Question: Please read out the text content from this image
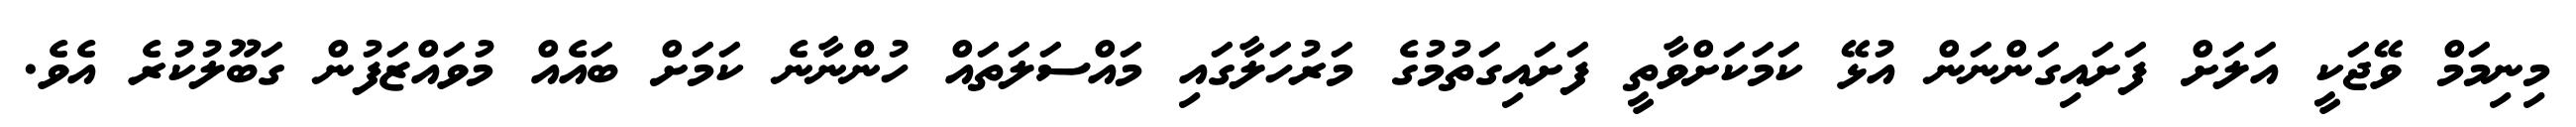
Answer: މިނިމަމް ވޭޖަކީ އަލަށް ފަށައިގަންނަން އުޅޭ ކަމަކަށްވާތީ ފަށައިގަތުމުގެ މަރުހަލާގައި މައްސަލަތައް ހުންނާނެ ކަމަށް ބައެއް މުވައްޒަފުން ގަބޫލުކުރެ އެވެ.